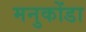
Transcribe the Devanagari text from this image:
मनुकोंडा